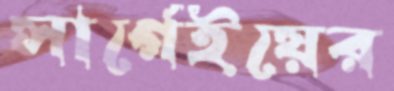
সার্গেইয়ের